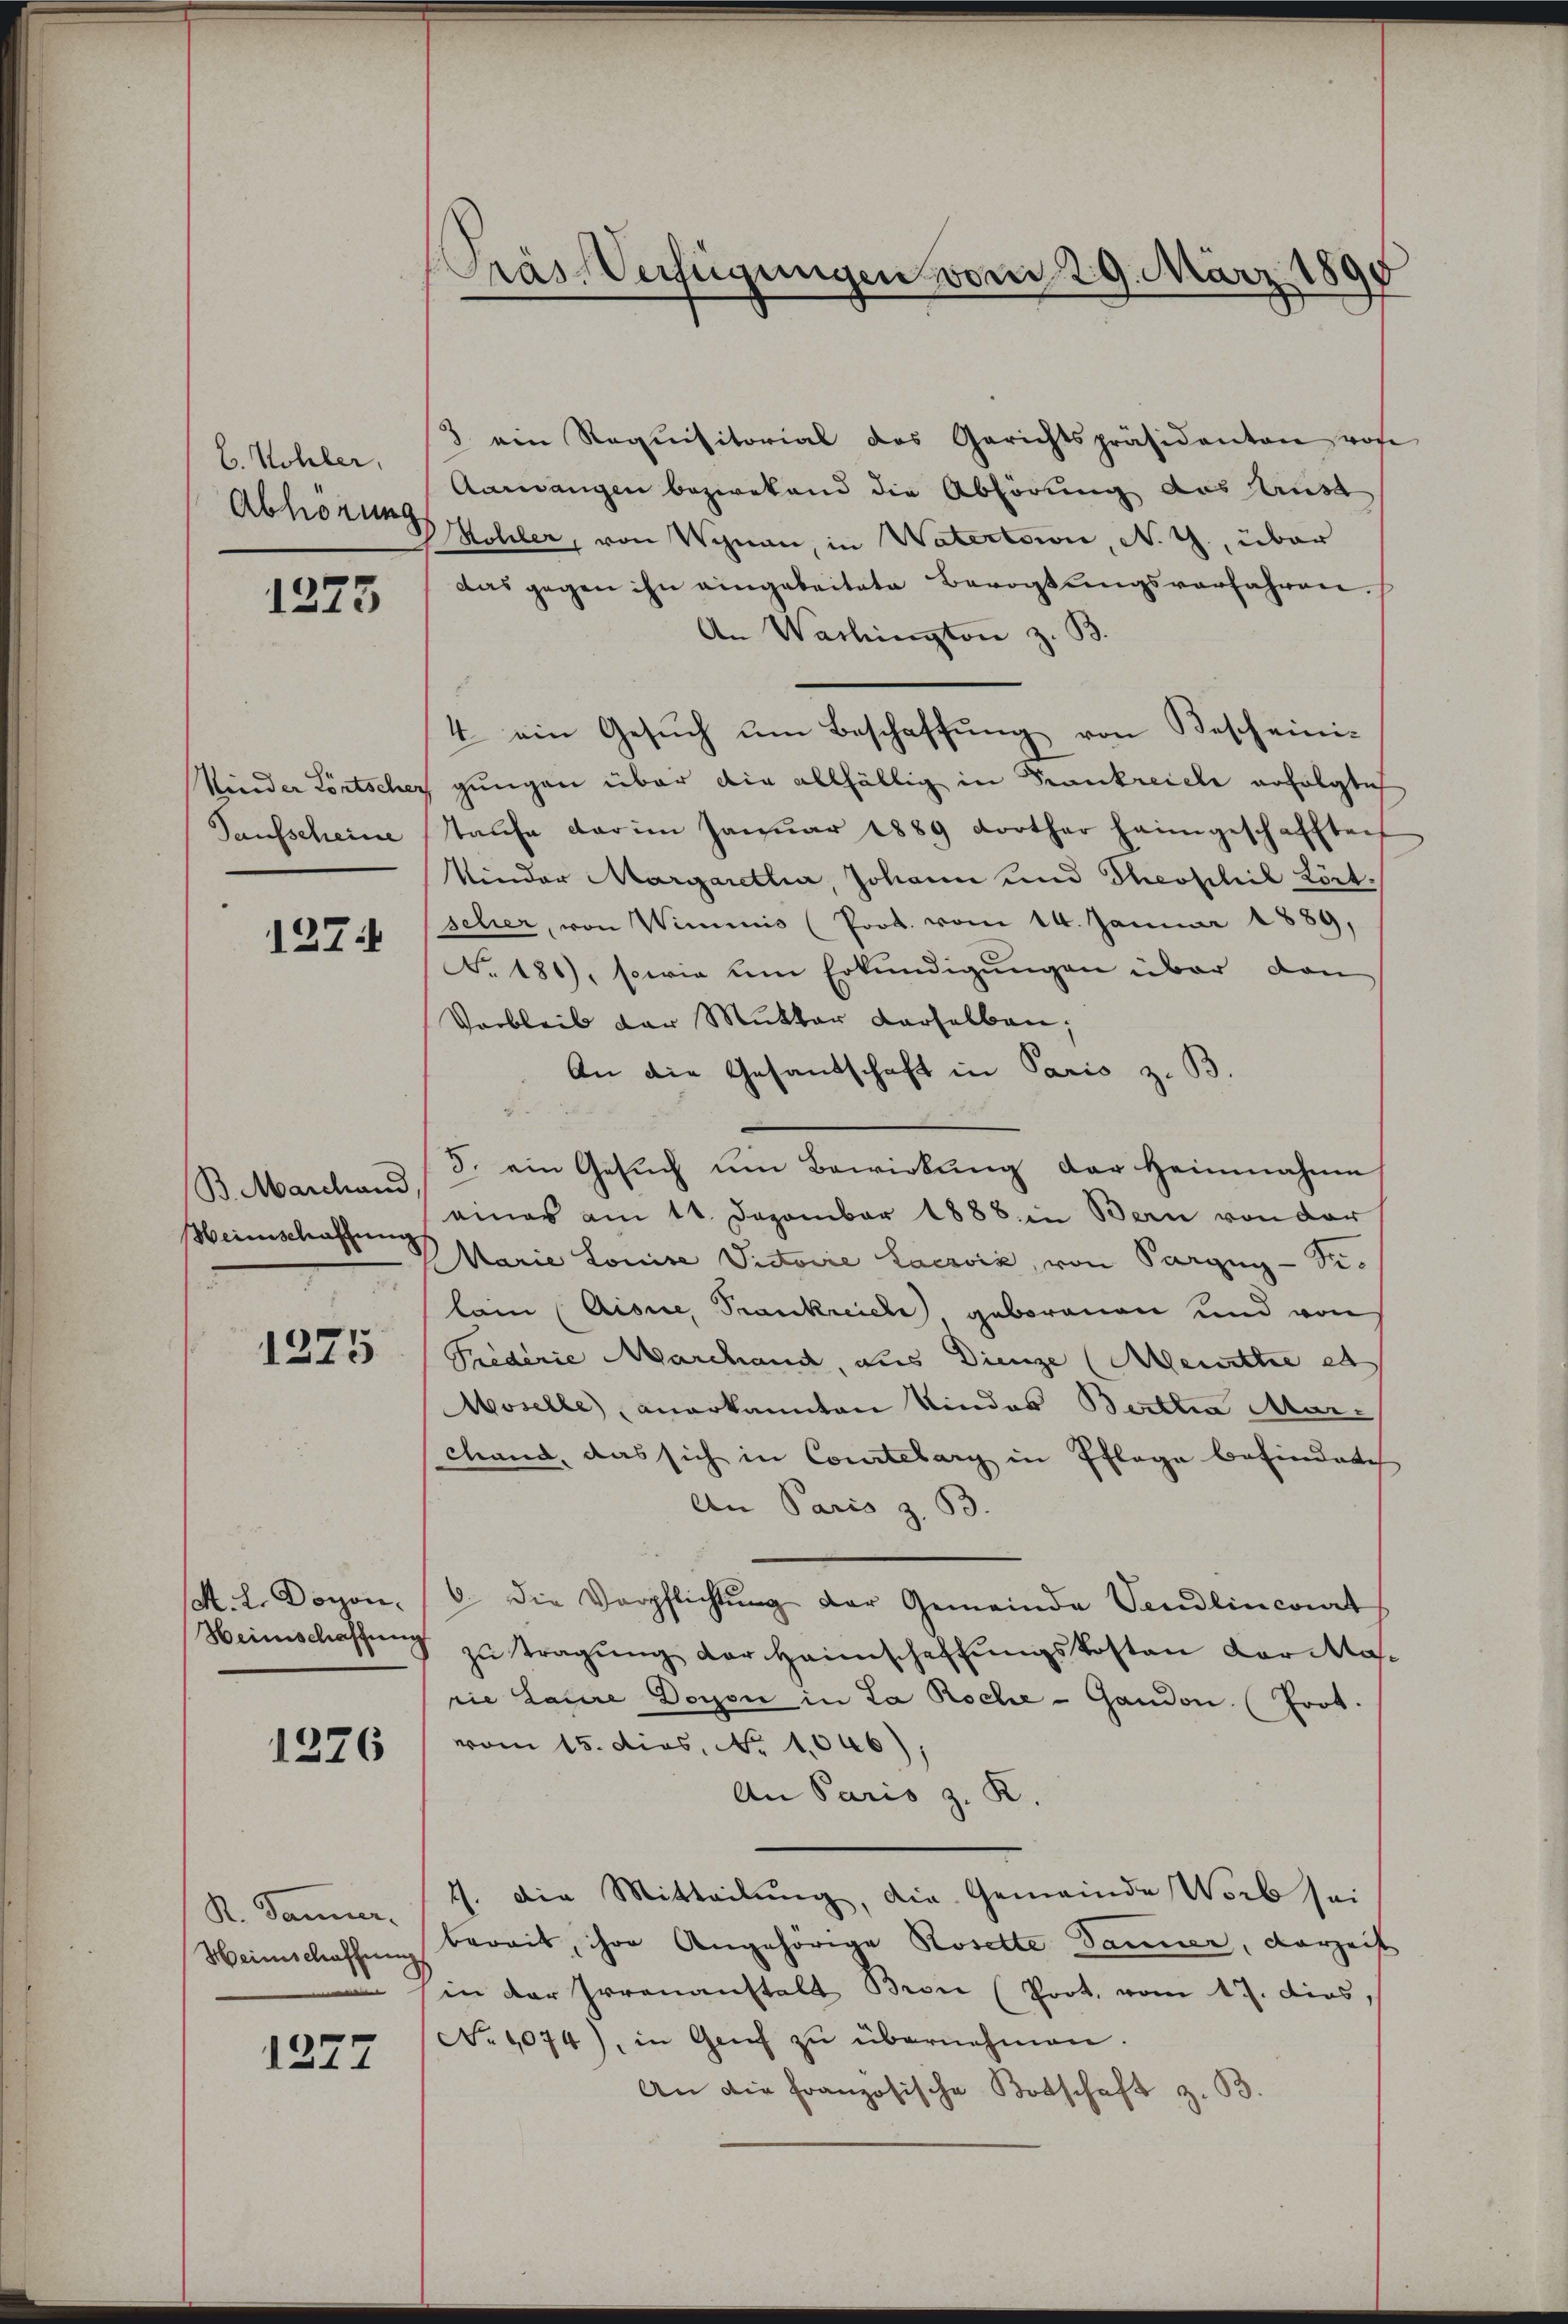
C. Kohler,
Abhörung

1273

Taufscheine

1274

B. Marchand
Heinschaffung

1275

M. L. Doron.

1276

R. Jänner.

1277

Gräs-Verfügungen vom 29. März 1895

3. ein Requisitorial des Gerichtspräsidanten vo
Aarwangen bezwekend die Abhörung das Ausd
Wohler, von Wegnau, in Watection, N. G., über
das gegen ihn eingeleitete Bevogtungsverfahren.
An Washington z. B.
4 ein Gesŭch um Beschaffung von Bescheini¬
Kinder Fortscher gingen über die allfällig in Krankreiche erfolgte
taufe dar im Janŭar 1889 dorther heimgeschafften
Kinder Margaretha, Johann und Theophil Lört.
scher, von Wimmis (Prot. vom 14. Januar 1889,
No. 181), sowie um Erkundigungen über den
Verbleib der Mutter derselben,
An die Gesandschaft in Paris z. B.
3. ein Gesŭch ŭm Bewirkung der Heinnahme
eines am 11. Dezember 1888 in Bern von der
Marie Louise Victorie Lacrvić, von Sargug-Ti-
lain (Aione, Trankreiche geborenen und von
Priderie Marchand, aus Dienze (Meurthe et
Moselbe anerkannten Kindes Berttia Marchand, das sich in Courtelary in Pflage befindete
An Paris z. B.
6. die Verpflichtŭng der Gemeinde Vendlincourt
Heimschaffŭng zŭ tragŭng der Heimschaffŭngskosten Dor Masrie Laure Doyen in La Roche - Gandon. (Frot.
vom 15. dies, No 1046),
An Paris z. K.
1. die Mitteilung, die Gemeinde Worb sei
Heimschaffŭng bereit, ihre Angehörige Rosette danner, darzeit
in der Irrenanstalt Bron (Prot. vom 17. dies,
No 1074), in Genf zŭ übernehmen.
An die französische Botschaft z. B.